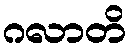
ဂလာတိ